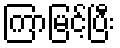
ကြာမြင့်ပြီး